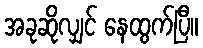
အခုဆိုလျှင် နေထွက်ပြီ။